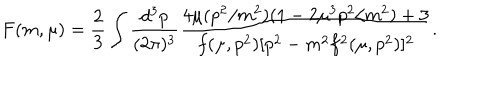
F ( m , \mu ) = \frac { 2 } { 3 } \int \frac { d ^ { 3 } p } { ( 2 \pi ) ^ { 3 } } \frac { 4 \mu ( p ^ { 2 } / m ^ { 2 } ) ( 1 - 2 \mu ^ { 3 } p ^ { 2 } / m ^ { 2 } ) + 3 } { f ( \mu , p ^ { 2 } ) [ p ^ { 2 } - m ^ { 2 } f ^ { 2 } ( \mu , p ^ { 2 } ) ] ^ { 2 } } .